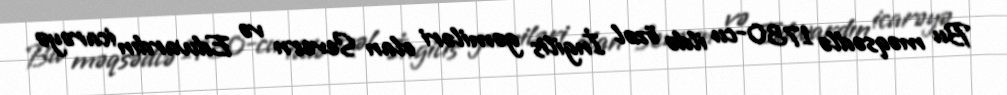
Bu məqsədlə 1730-cu ildə özəl İngilis gəmiləri olan Severn və Edwardın icarəyə